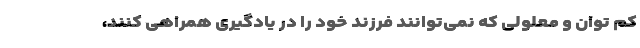
کم توان و معلولی که نمی‌توانند فرزند خود را در یادگیری همراهی کنند،